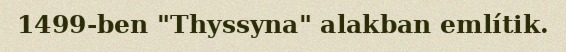
1499-ben "Thyssyna" alakban említik.